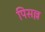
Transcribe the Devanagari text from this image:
पिसल्ल